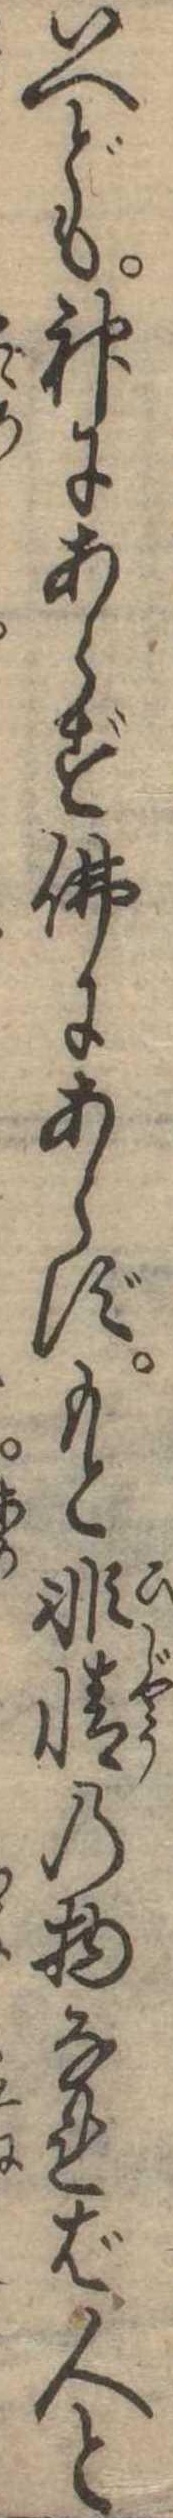
いへども神にあらず仏にあらずもと非情の物なれば人と